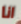
انا